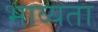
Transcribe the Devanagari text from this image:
भाव्‍यता